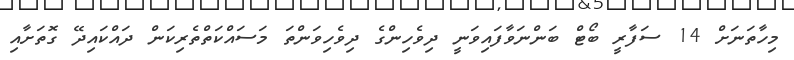
މިހާތަނަށް 14 ސަފާރީ ބޯޓް ބަންނަވާފައިވަނީ ދިވެހިންގެ ދިވެހިވަންތަ މަސައްކަތްތެރިކަން ދައްކައިދޭ ގޮތަށާއި